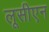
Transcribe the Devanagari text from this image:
लूसीएन